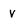
Character: V